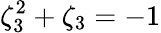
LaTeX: \zeta_{3}^{2}+\zeta_{3}=-1